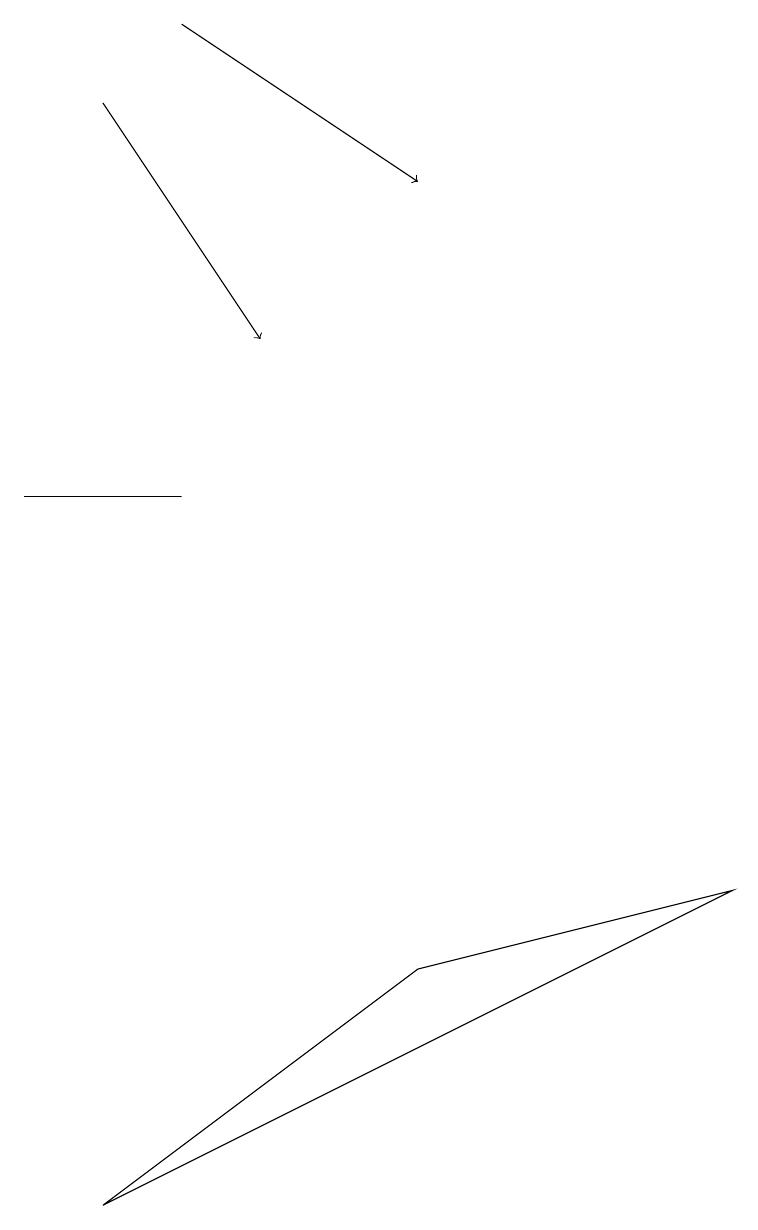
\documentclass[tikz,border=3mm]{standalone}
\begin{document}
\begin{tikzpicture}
\draw[->] (2,19) -- (5,17);
\draw[->] (1,18) -- (3,15);
\draw (0,13) rectangle (2,13);
\draw (1,4) -- (9,8) -- (5,7) -- cycle;
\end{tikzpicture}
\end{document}